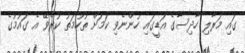
ގައި މަރާލި ހާދިސާގެ އަޑީގައި ހުންނެވި ކަމަށް ތުހުމަތު ކުރެވޭ އެ ގައުމުގެ